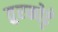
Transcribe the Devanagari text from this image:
तुरकोट्टे